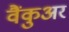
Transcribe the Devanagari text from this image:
वैंकुअर